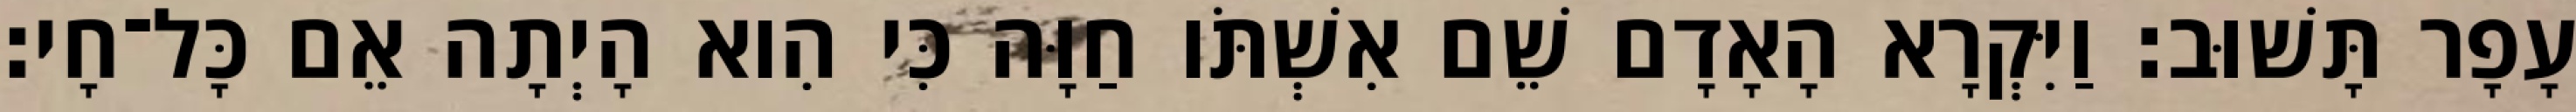
עָפָר תָּשׁוּב׃ וַיִּקְרָא הָאָדָם שֵׁם אִשְׁתֹּו חַוָּה כִּי הִוא הָיְתָה אֵם כָּל־חָי׃